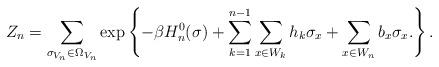
LaTeX: \begin{align*}Z_{n}=\sum_{\sigma_{V_n}\in \Omega_{V_n}}\exp\left\{ -\beta H^{0}_{n}(\sigma) +\sum_{k=1}^{n-1}\sum_{x\in W_{k}}h_k\sigma_x +\sum_{x\in W_n}b_x\sigma_x. \right\}.\end{align*}